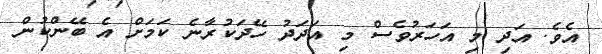
އެވެ. އަދި މި އަހަރުވެސް މި އަދަދު ހޭދަކުރާނެ ކަމަށް އެ ބޭންކުން